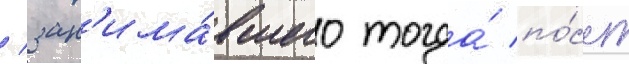
/ зан'има́вшего тогда́ по́ст